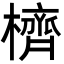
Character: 櫅